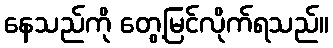
နေသည်ကို တွေ့မြင်လိုက်ရသည်။